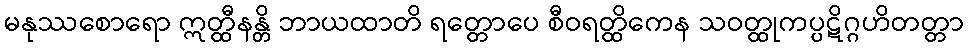
မနုဿစောရော ဣတ္ထီနန္တိ ဘာယထာတိ ရတ္တောပေ စီဝရတ္ထိကေန သဝတ္ထုကပ္ပဋိဂ္ဂဟိတတ္တာ